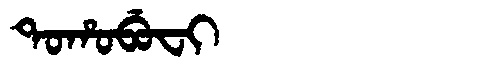
Manchu: ᡨᠣᡥᠣᠪᡠᠸᡳ
Romanization: TOHOBUFI